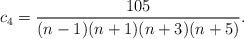
LaTeX: \begin{align*}c_4=\frac{105}{(n-1)(n+1)(n+3)(n+5)}.\end{align*}